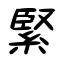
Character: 緊